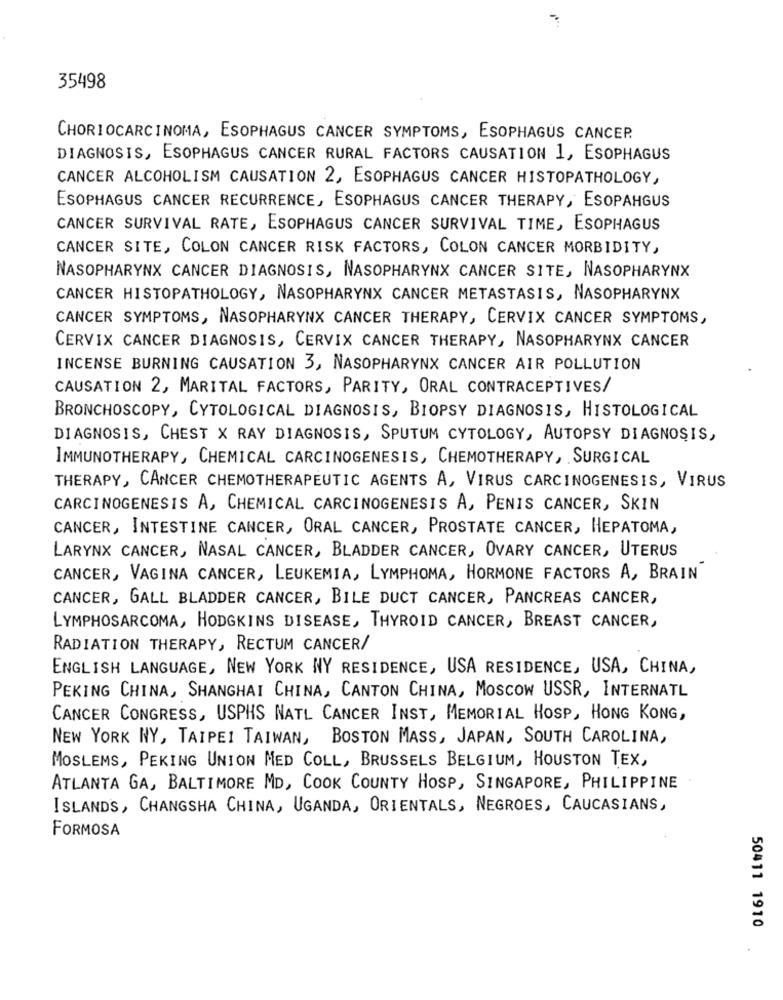
35498
CHORIOCARCINOMA, ESOPHAGUS CANCER SYMPTOMS, ESOPHAGUS CANCER.
DIAGNOSIS, ESOPHAGUS CANCER RURAL FACTORS CAUSATION 1, ESOPHAGUS
CANCER ALCOHOLISM CAUSATION 2, ESOPHAGUS CANCER HISTOPATHOLOGY,
ESOPHAGUS CANCER RECURRENCE, ESOPHAGUS CANCER THERAPY, ESOPAHGUS
CANCER SURVIVAL RATE, ESOPHAGUS CANCER SURVIVAL TIME, ESOPHAGUS
CANCER SITE, COLON CANCER RISK FACTORS, COLON CANCER MORBIDITY,
NASOPHARYNX CANCER DIAGNOSIS, NASOPHARYNX CANCER SITE, NASOPHARYNX
CANCER HISTOPATHOLOGY, NASOPHARYNX CANCER METASTASIS, NASOPHARYNX
CANCER SYMPTOMS, NASOPHARYNX CANCER THERAPY, CERVIX CANCER SYMPTOMS,
CERVIX CANCER DIAGNOSIS, CERVIX CANCER THERAPY, NASOPHARYNX CANCER
INCENSE BURNING CAUSATION 3, NASOPHARYNX CANCER AIR POLLUTION
CAUSATION 2, MARITAL FACTORS, PARITY, ORAL CONTRACEPTIVES/
BRONCHOSCOPY, CYTOLOGICAL DIAGNOSIS, BIOPSY DIAGNOSIS, HISTOLOGICAL
DIAGNOSIS, CHEST X RAY DIAGNOSIS, SPUTUM CYTOLOGY, AUTOPSY DIAGNOSIS,
IMMUNOTHERAPY, CHEMICAL CARCINOGENESIS, CHEMOTHERAPY, SURGICAL
THERAPY, CANCER CHEMOTHERAPEUTIC AGENTS A, VIRUS CARCINOGENESIS, VIRUS
CARCINOGENESIS A, CHEMICAL CARCINOGENESIS A, PENIS CANCER, SKIN
CANCER, INTESTINE CANCER, ORAL CANCER, PROSTATE CANCER, HEPATOMA,
LARYNX CANCER, NASAL CANCER, BLADDER CANCER, OVARY CANCER, UTERUS
CANCER, VAGINA CANCER, LEUKEMIA, LYMPHOMA, HORMONE FACTORS A, BRAIN
CANCER, GALL BLADDER CANCER, BILE DUCT CANCER, PANCREAS CANCER,
LYMPHOSARCOMA, HODGKINS DISEASE, THYROID CANCER, BREAST CANCER,
RADIATION THERAPY, RECTUM CANCER/
ENGLISH LANGUAGE, NEW YORK NY RESIDENCE, USA RESIDENCE, USA, CHINA,
PEKING CHINA, SHANGHAI CHINA, CANTON CHINA, MOSCOW USSR, INTERNATL
CANCER CONGRESS, USPHS NATL CANCER INST, MEMORIAL HOSP, HONG KONG,
NEW YORK NY, TAIPEI TAIWAN, BOSTON MASS, JAPAN, SOUTH CAROLINA,
MOSLEMS, PEKING UNION MED COLL, BRUSSELS BELGIUM, HOUSTON TEX,
ATLANTA GA, BALTIMORE MD, COOK COUNTY HOSP, SINGAPORE, PHILIPPINE
ISLANDS, CHANGSHA CHINA, UGANDA, ORIENTALS, NEGROES, CAUCASIANS,
FORMOSA
50411 1910